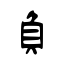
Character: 負